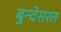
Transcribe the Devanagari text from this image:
बुन्देसरत